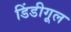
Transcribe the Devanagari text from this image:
डिंडीगूल